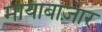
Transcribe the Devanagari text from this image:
मायाबाज़ार